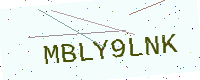
Text: MBLY9LNK